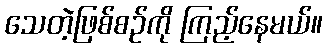
သေတဲ့ဖြစ်စဉ်ကို ကြည့်နေမယ်။